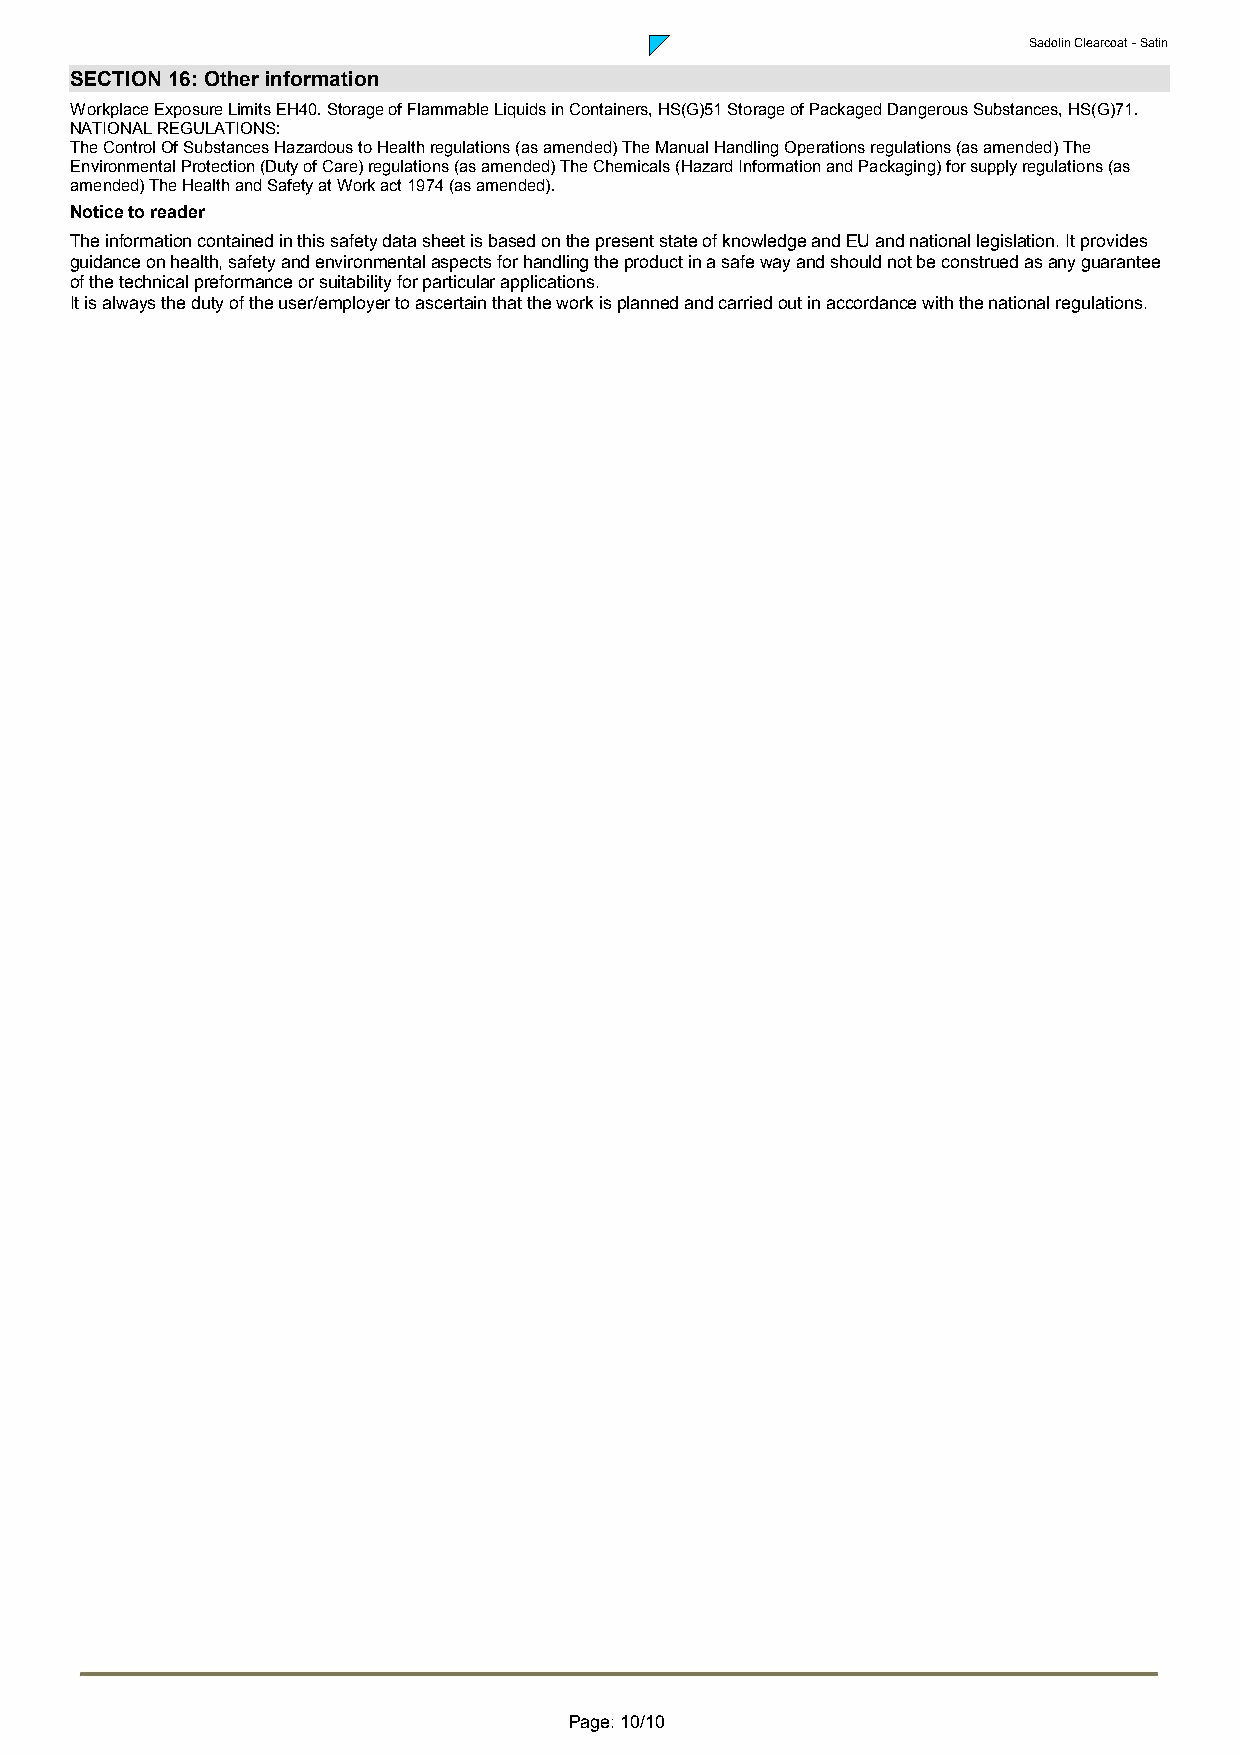
Sadolin Clearcoat - Satin
 SECTION 16: Other information
 Workplace Exposure Limits EH40. Storage of Flammable Liquids in Containers, HS(G)51 Storage of Packaged Dangerous Substances, HS(G)71.
 NATIONAL REGULATIONS:
 The Control Of Substances Hazardous to Health regulations (as amended) The Manual Handling Operations regulations (as amended) The
 Environmental Protection (Duty of Care) regulations (as amended) The Chemicals (Hazard Information and Packaging) for supply regulations (as
 amended) The Health and Safety at Work act 1974 (as amended).
 Notice to reader
 The information contained in this safety data sheet is based on the present state of knowledge and EU and national legislation. It provides
 guidance on health, safety and environmental aspects for handling the product in a safe way and should not be construed as any guarantee
 of the technical preformance or suitability for particular applications.
 It is always the duty of the user/employer to ascertain that the work is planned and carried out in accordance with the national regulations.
 Page: 10/10